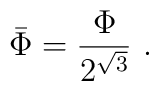
\bar \Phi = \frac{\Phi}{2^{\sqrt{3}}} \ .